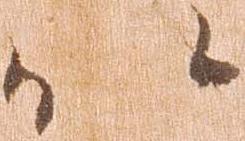
以